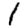
Digit: 1